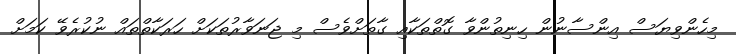
މިހެންވިޔަސް އިންސާނުން ހިނިތުންވާ ގޮތްތަކާއި ގާތަށްވެސް މި ޖަނަވާރުތަކަށް ހަރަކާތްތައް ނުކުރެވޭ ކަމަށް